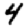
Digit: 4